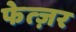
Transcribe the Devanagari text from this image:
फेत्ज़र